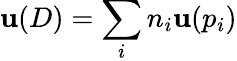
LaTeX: \mathbf{u}(D)=\sum_{i}n_{i}\mathbf{u}(p_{i})